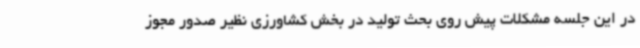
در این جلسه مشکلات پیش روی بحث تولید در بخش کشاورزی نظیر صدور مجوز